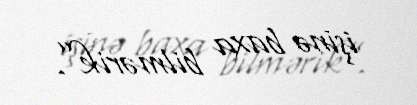
işinə baxa bilmərik”.